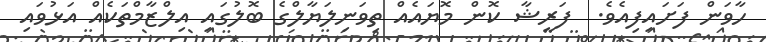
ހާވަން ފަށައިފިއެވެ.  ފަރީޝާ ކޮން މޮޔައެއް ތިވަނިލަޔާލްގެ ބޮލުގައި އިލްޒާމްތަކެއް އަޅުވައި